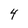
Character: 4